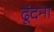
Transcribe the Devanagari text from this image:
ढूंदना